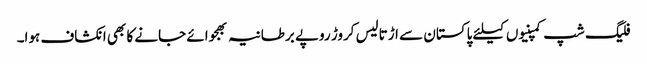
فلیگ شپ کمپنیوں کیلئے پاکستان سے اڑتالیس کروڑ روپے برطانیہ بھجوائے جانے کا بھی انکشاف ہوا۔